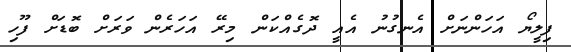
ފިލީޔޯ އަހަންނަށް އެނގުނު އެއީ ދޮގެއްކަން މިރޭ އަހަރެން ވަރަށް ބޮޑަށް ފޫހި